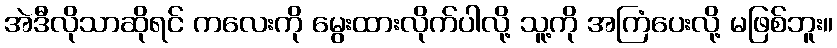
အဲဒီလိုသာဆိုရင် ကလေးကို မွေးထားလိုက်ပါလို့ သူ့ကို အကြံပေးလို့ မဖြစ်ဘူး။